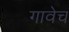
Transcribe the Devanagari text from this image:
गावेच